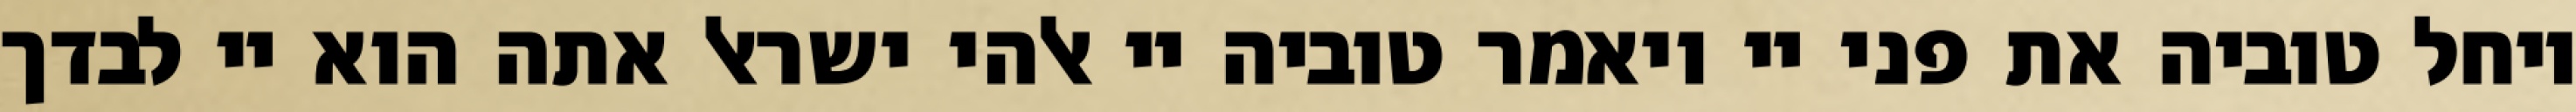
ויחל טוביה את פני יי ויאמר טוביה יי אלהי ישראל אתה הוא יי לבדך